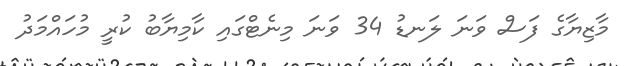
މާޒިޔާގެ ފަސް ވަނަ ލަނޑު 34 ވަނަ މިނެޓްގައި ކާމިޔާބު ކުރީ މުހައްމަދު